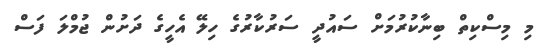
މި މިސްކިތް ބިނާކުރުމަށް ސައުދީ ސަރުކާރުގެ ހިލޭ އެހީގެ ދަށުން ޖުމްލަ ފަސް